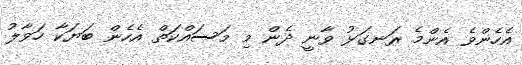
އެހެންވެ އެންމެ ރަނގަޅު ވާނީ ދެން މި މަސައްކަތް އެހެން ބަޔަކާ ހަވާލު